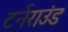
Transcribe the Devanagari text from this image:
टर्नराउंड